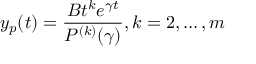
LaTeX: y _ { p } ( t ) = { \frac { B t ^ { k } e ^ { \gamma t } } { P ^ { ( k ) } ( \gamma ) } } , k = 2 , \ldots , m